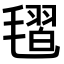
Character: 𣯥